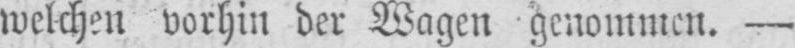
welchen vorhin der Wagen genommen. -